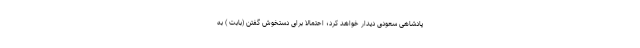
پادشاهی سعودی دیدار خواهد کرد؛ احتمالا برای دستخوش گفتن (بابت ) به